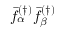
\bar { f } _ { \alpha } ^ { ( \dagger ) } \bar { f } _ { \beta } ^ { ( \dagger ) }